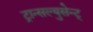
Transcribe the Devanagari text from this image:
ट्रान्सल्युसेन्ट्